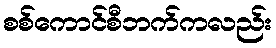
စစ်ကောင်စီဘက်ကလည်း